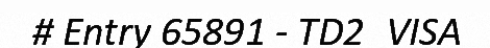
# Entry 65891 - TD2_VISA